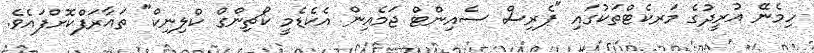
ހިމެނޭ އުރީދުގެ މަރކެޓްތަކުގައި "ޕެރިސް ސެއިންޓް ޖަމެއިން އެކެޑެމީ ކޯޗިންގް ކްލިނިކް" ތައާރަފްކޮށްފައެވެ.